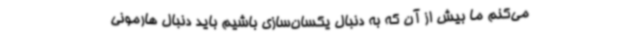
می‌کنم ما بیش از آن که به دنبال یکسان‌سازی باشیم باید دنبال هارمونی